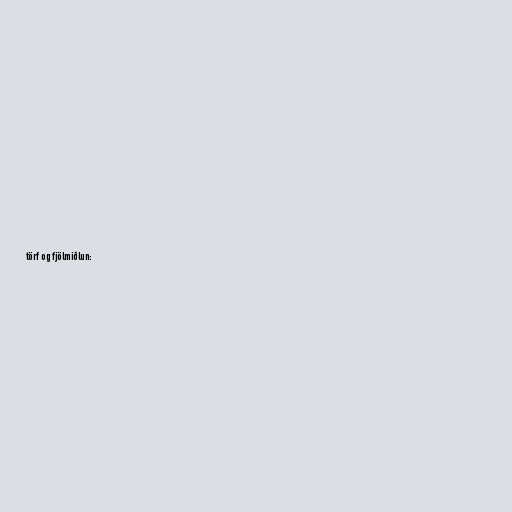
törf og fjölmiðlun: